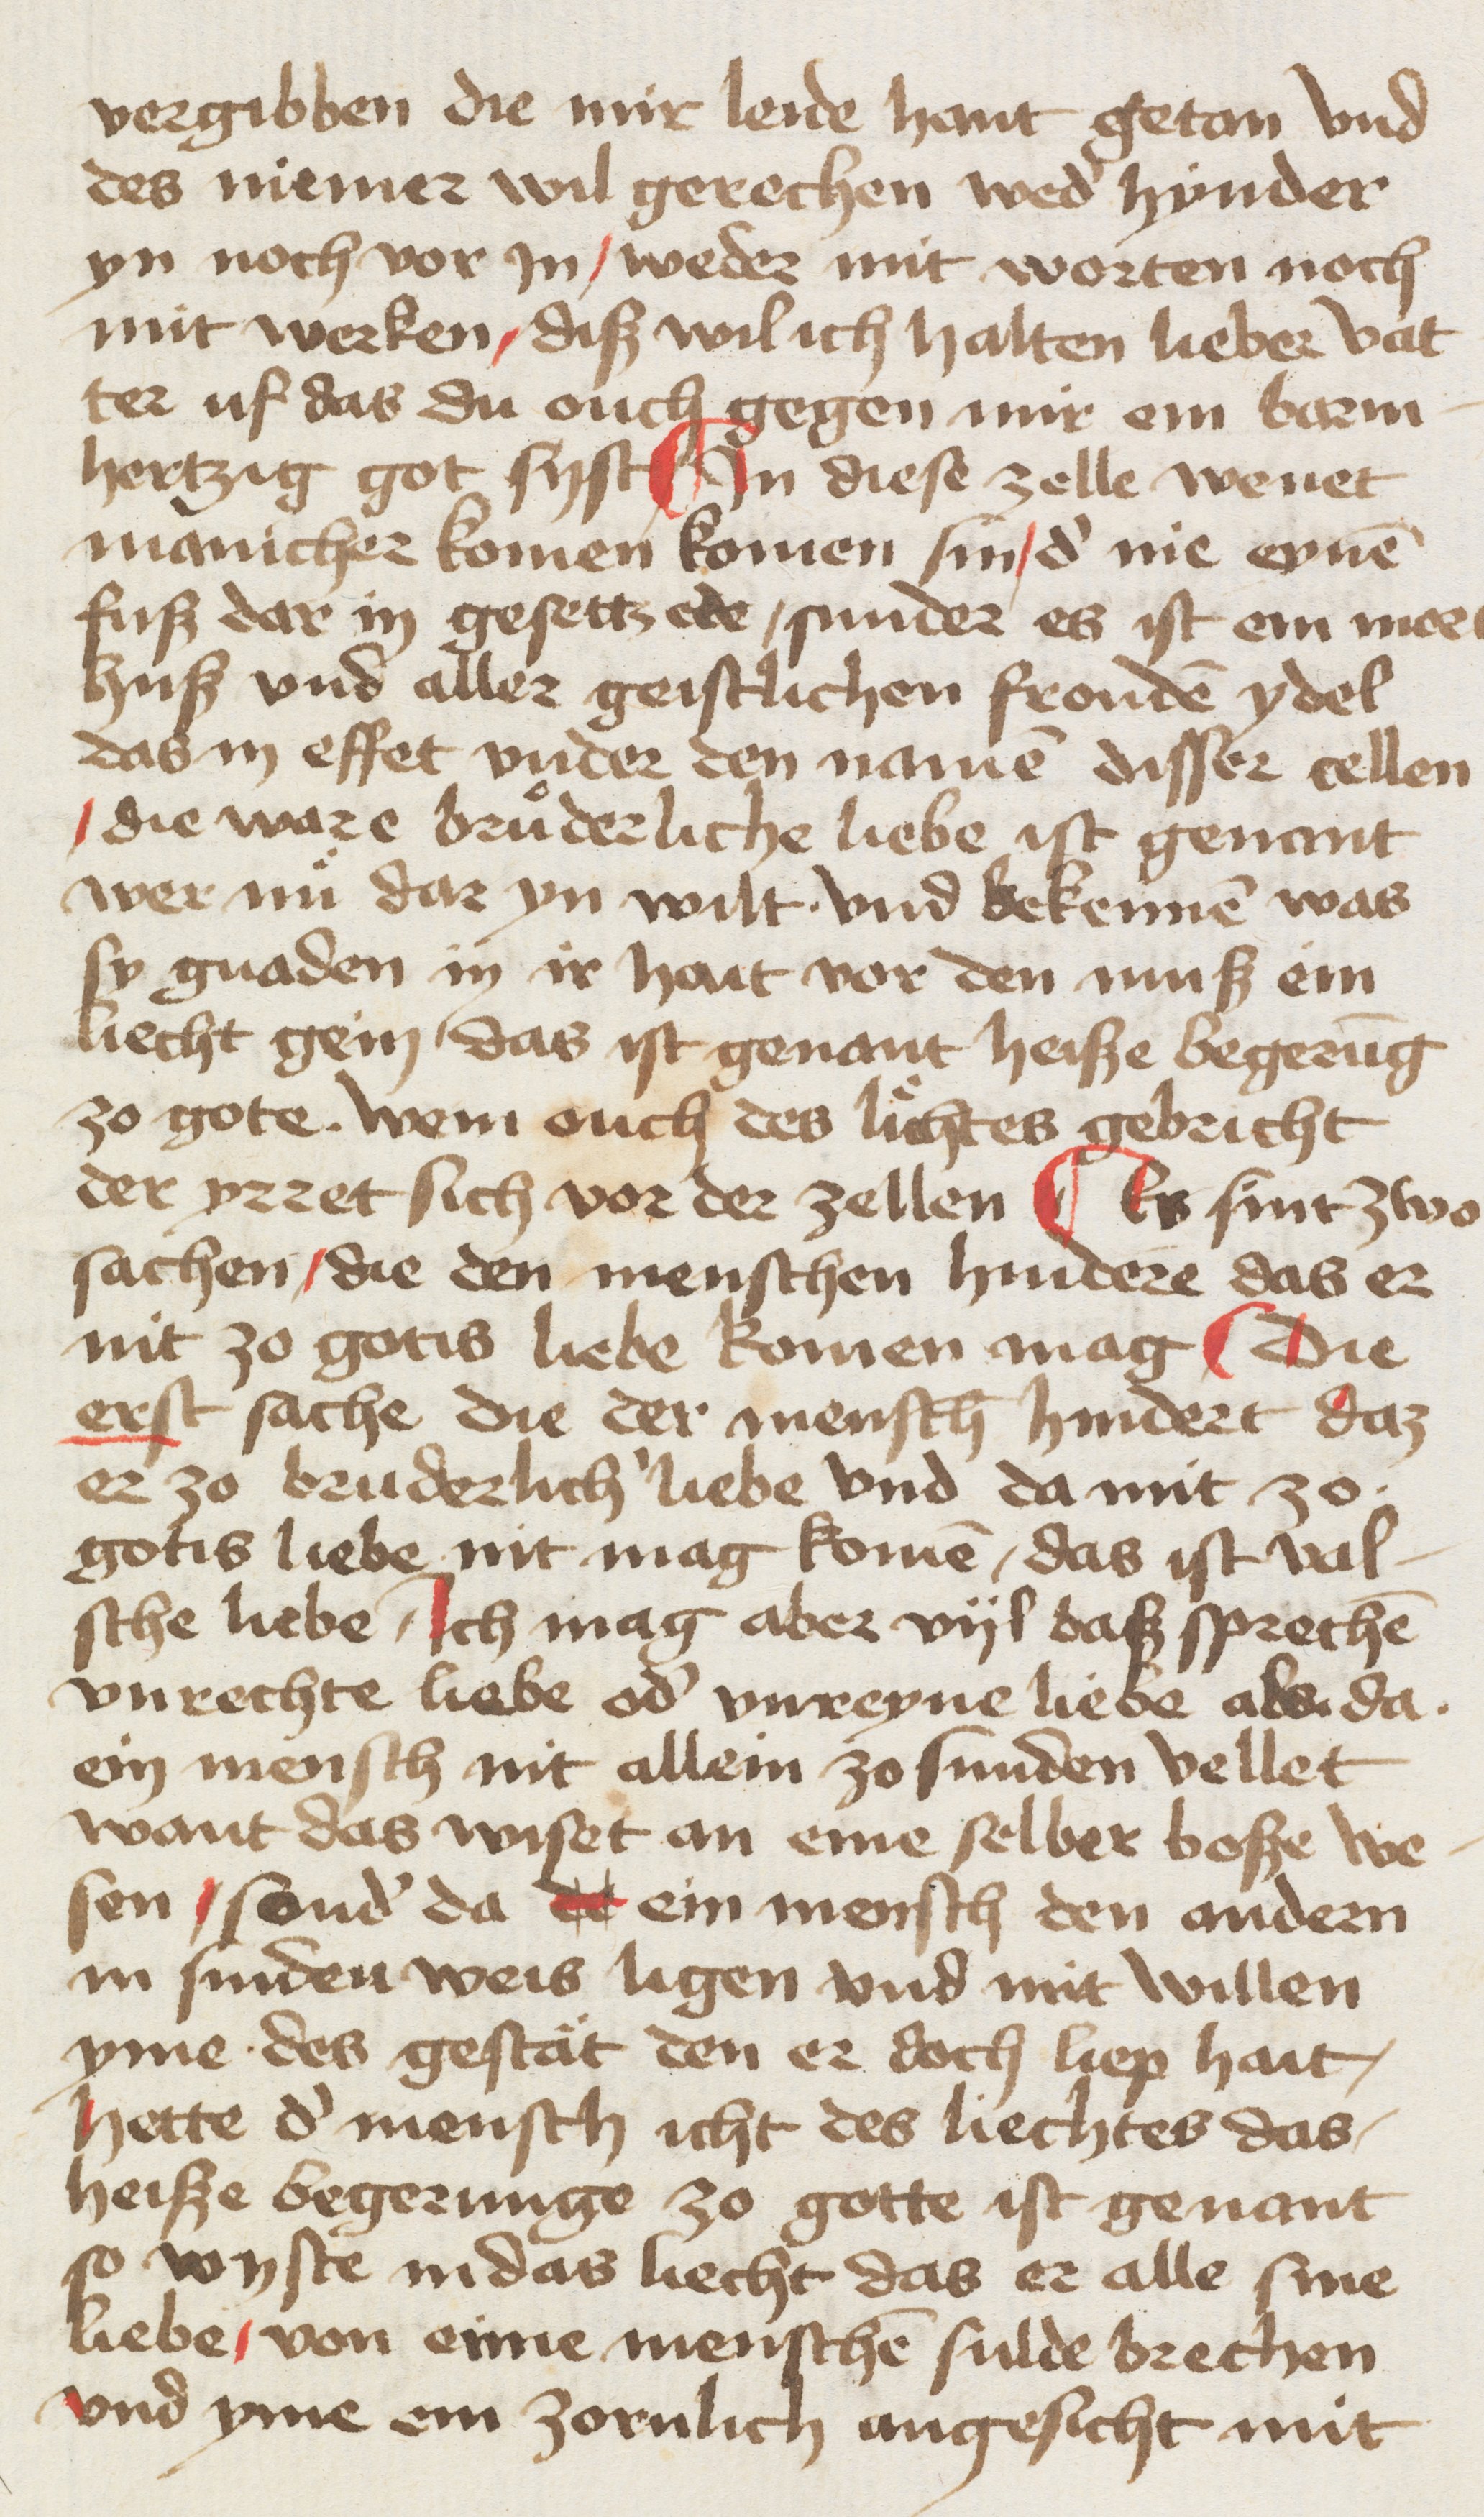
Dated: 1400–1499